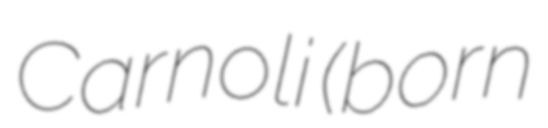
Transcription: Carnoli (born